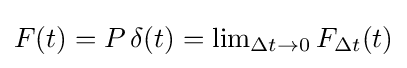
{\textstyle F(t)=P\,\delta (t)=\lim _{\Delta t\to 0}F_{\Delta t}(t)}